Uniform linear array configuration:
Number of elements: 64
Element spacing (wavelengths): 0.5
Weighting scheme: kaiser
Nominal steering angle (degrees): -30
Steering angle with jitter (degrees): -30.846
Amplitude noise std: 0.05
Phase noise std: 0.05

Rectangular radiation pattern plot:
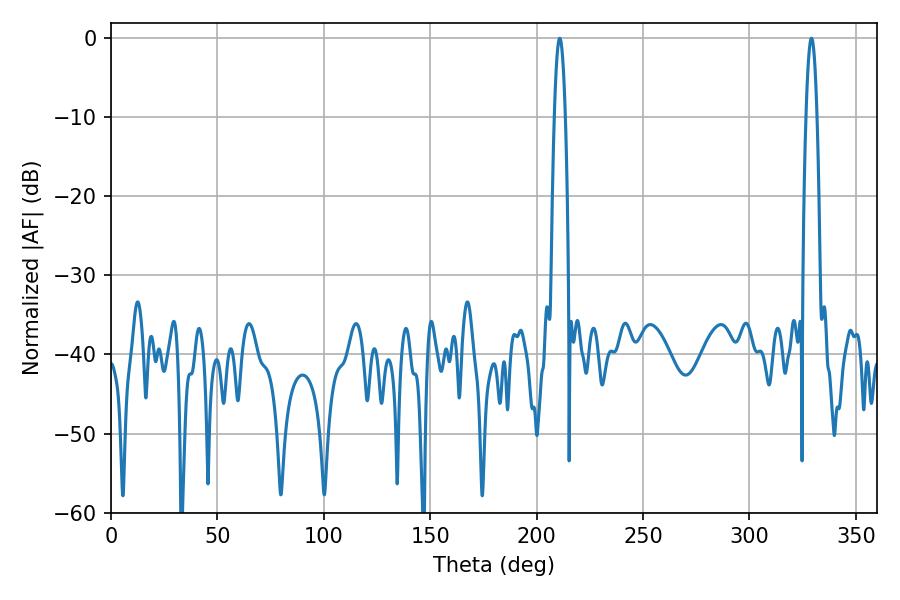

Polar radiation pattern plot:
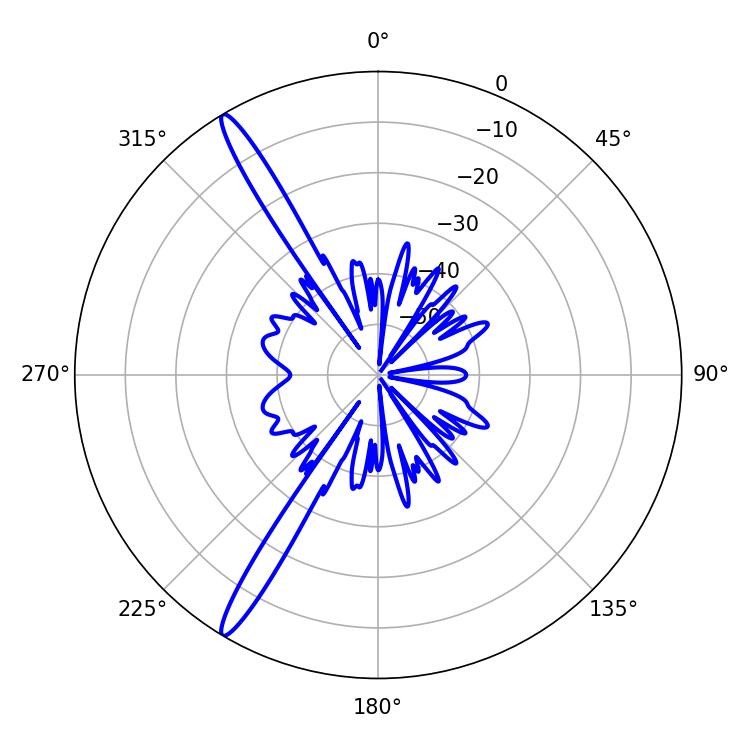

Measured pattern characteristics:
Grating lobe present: FALSE
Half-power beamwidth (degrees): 2.7
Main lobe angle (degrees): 210.78